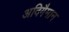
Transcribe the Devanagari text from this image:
अदिगैमान